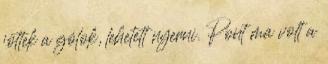
jöttek a gólok, lehetett nyerni. Pont ma volt a